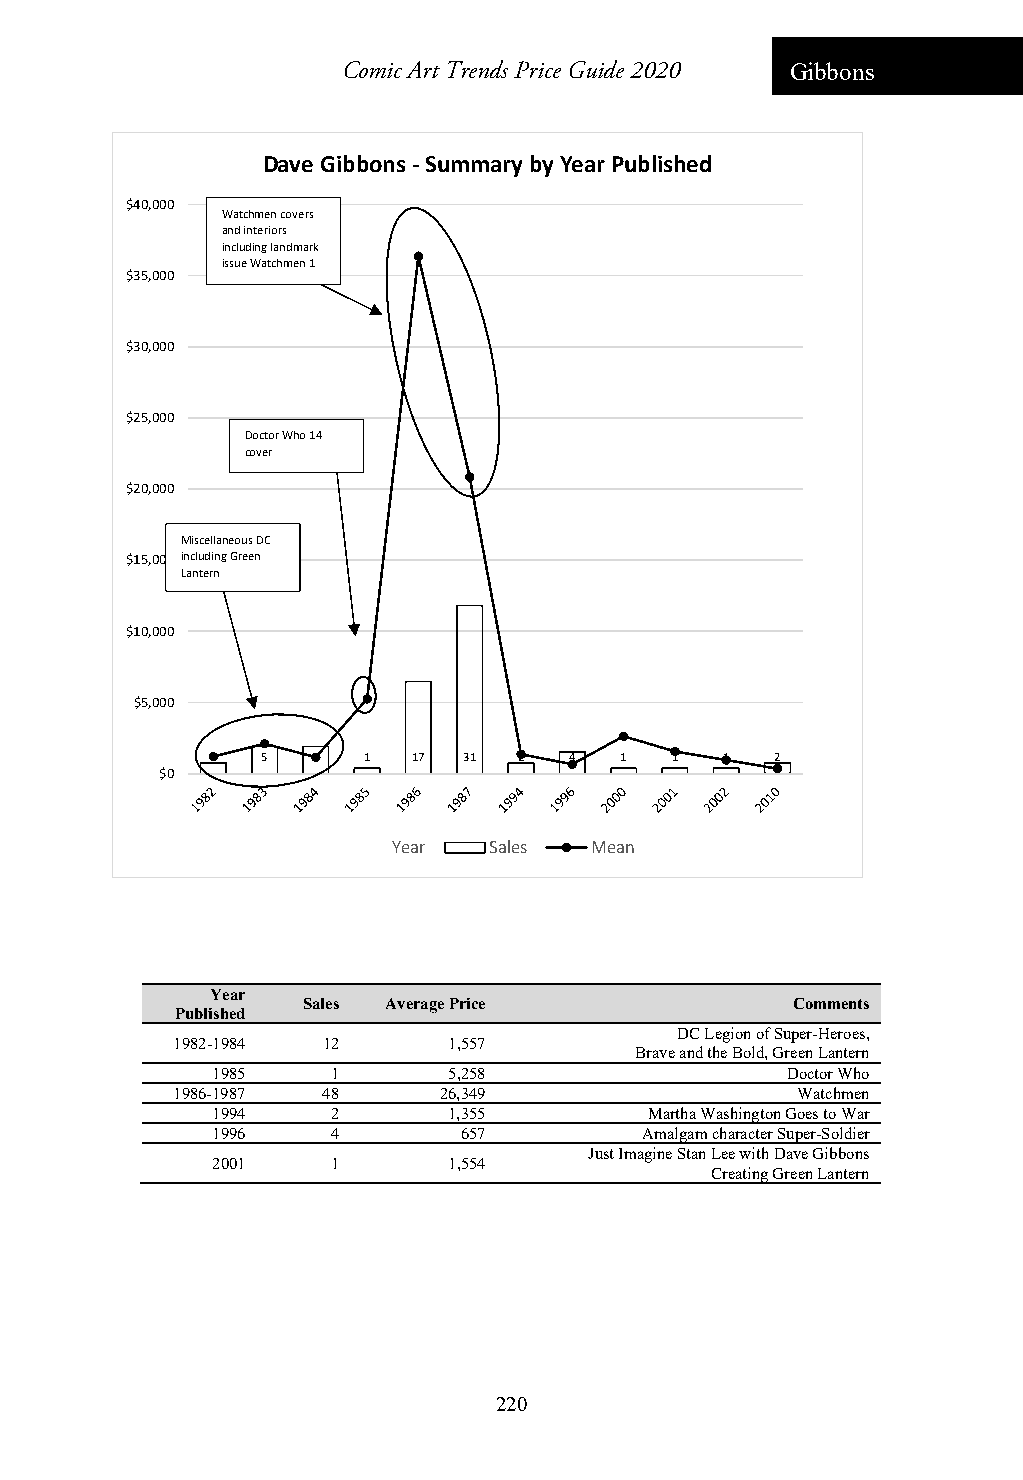
Comic Art Trends Price Guide 2020 Gibbons
 Dave Gibbons ‐Summary by Year Published
 $40,000
 Watchmen covers
 and interiors
 including landmark
 issue Watchmen 1
 $35,000
 $30,000
 $25,000
 Doctor Who 14
 cover
 $20,000
 Miscellaneous DC
 $15,000 including Green
 Lantern
 $10,000
 $5,000
 2  5   5  1  17  31 2   4  1  1   1  2
 $0
 Year  Sales  Mean
 Year
 Sales Average Price             Comments
 Published
 DC Legion of Super-Heroes,
 1982-1984 12       1,557
 Brave and the Bold, Green Lantern
 1985    1       5,258                 Doctor Who
 1986-1987 48      26,349                  Watchmen
 1994    2       1,355        Martha Washington Goes to War
 1996    4       657         Amalgam character Super-Soldier
 Just Imagine Stan Lee with Dave Gibbons
 2001    1       1,554
 Creating Green Lantern
 220